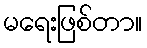
မရေးဖြစ်တာ။